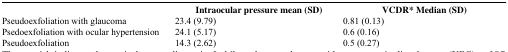
<table><thead><tr><td></td><td><b>Intraocular pressure mean (SD)</b></td><td><b>VCDR* Median (SD)</b></td></tr></thead><tbody><tr><td>Pseudoexfoliation with glaucoma</td><td>23.4 (9.79)</td><td>0.81 (0.13)</td></tr><tr><td>Psedoexfoliation with ocular hypertension</td><td>24.1 (5.17)</td><td>0.6 (0.16)</td></tr><tr><td>Pseudoexfoliation</td><td>14.3 (2.62)</td><td>0.5 (0.27)</td></tr></tbody></table>